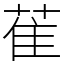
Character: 萑